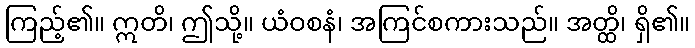
ကြည့်၏။ ဣတိ၊ ဤသို့။ ယံဝစနံ၊ အကြင်စကားသည်။ အတ္ထိ၊ ရှိ၏။